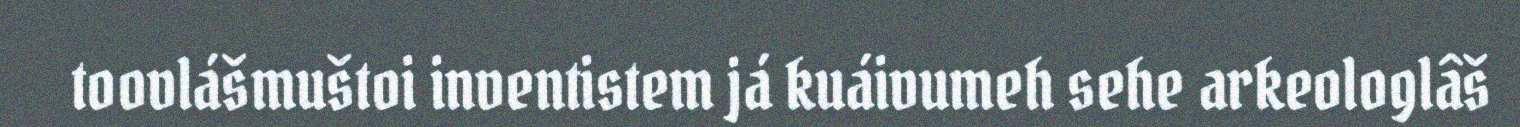
toovlášmuštoi inventistem já kuáivumeh sehe arkeologlâš